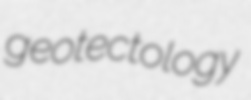
geotectology